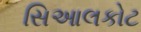
સિઆલકોટ